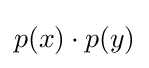
p(x)\cdot p(y)